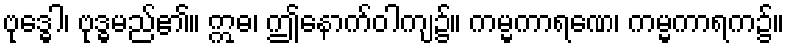
ဗုဒ္ဓေါ၊ ဗုဒ္ဓမည်၏။ ဣဓ၊ ဤနောက်ဝါကျ၌။ ကမ္မကာရဏေ၊ ကမ္မကာရက၌။